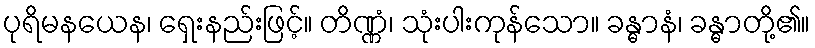
ပုရိမနယေန၊ ရှေးနည်းဖြင့်။ တိဏ္ဏံ၊ သုံးပါးကုန်သော။ ခန္ဓာနံ၊ ခန္ဓာတို့၏။